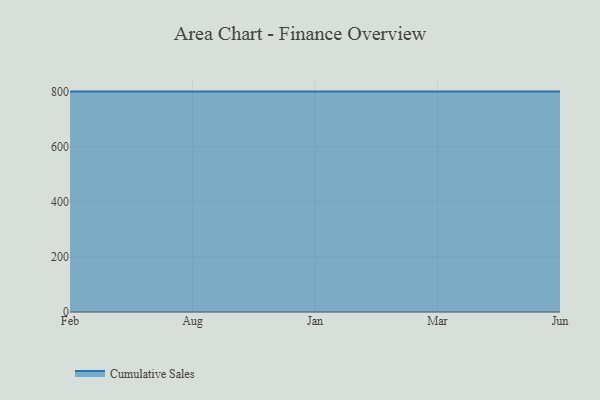
{"axis": {"x": "Month", "y": "Market Share (%)"}, "legend": ["Cumulative Sales"], "data": [{"x": "Feb", "y": 800, "type": "Cumulative Sales"}, {"x": "Aug", "y": 800, "type": "Cumulative Sales"}, {"x": "Jan", "y": 800, "type": "Cumulative Sales"}, {"x": "Mar", "y": 800, "type": "Cumulative Sales"}, {"x": "Jun", "y": 800, "type": "Cumulative Sales"}]}